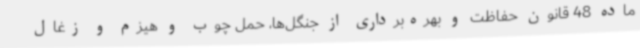
ماده 48 قانون حفاظت و بهره‌برداری از جنگل‌ها، حمل چوب و هیزم و زغال